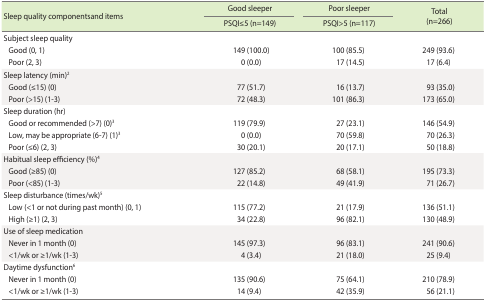
<table><thead><tr><td rowspan="2"><b>Sleep quality componentsand items</b></td><td><b>Good sleeper</b></td><td><b>Poor sleeper</b></td><td rowspan="2"><b>Total (n=266)</b></td></tr><tr><td><b>PSQI≤5 (n=149)</b></td><td><b>PSQI&gt;5 (n=117)</b></td></tr></thead><tbody><tr><td>Subject sleep quality</td><td></td><td></td><td></td></tr><tr><td> Good (0, 1)</td><td>149 (100.0)</td><td>100 (85.5)</td><td>249 (93.6)</td></tr><tr><td> Poor (2, 3)</td><td>0 (0.0)</td><td>17 (14.5)</td><td>17 (6.4)</td></tr><tr><td>Sleep latency (min)<sup>2</sup></td><td></td><td></td><td></td></tr><tr><td> Good (≤15) (0)</td><td>77 (51.7)</td><td>16 (13.7)</td><td>93 (35.0)</td></tr><tr><td> Poor (&gt;15) (1-3)</td><td>72 (48.3)</td><td>101 (86.3)</td><td>173 (65.0)</td></tr><tr><td>Sleep duration (hr)</td><td></td><td></td><td></td></tr><tr><td> Good or recommended (&gt;7) (0)<sup>3</sup></td><td>119 (79.9)</td><td>27 (23.1)</td><td>146 (54.9)</td></tr><tr><td> Low, may be appropriate (6-7) (1)<sup>3</sup></td><td>0 (0.0)</td><td>70 (59.8)</td><td>70 (26.3)</td></tr><tr><td> Poor (≤6) (2, 3)</td><td>30 (20.1)</td><td>20 (17.1)</td><td>50 (18.8)</td></tr><tr><td>Habitual sleep efficiency (%)<sup>4</sup></td><td></td><td></td><td></td></tr><tr><td> Good (≥85) (0)</td><td>127 (85.2)</td><td>68 (58.1)</td><td>195 (73.3)</td></tr><tr><td> Poor (&lt;85) (1-3)</td><td>22 (14.8)</td><td>49 (41.9)</td><td>71 (26.7)</td></tr><tr><td>Sleep disturbance (times/wk)<sup>5</sup></td><td></td><td></td><td></td></tr><tr><td> Low (&lt;1 or not during past month) (0, 1)</td><td>115 (77.2)</td><td>21 (17.9)</td><td>136 (51.1)</td></tr><tr><td> High (≥1) (2, 3)</td><td>34 (22.8)</td><td>96 (82.1)</td><td>130 (48.9)</td></tr><tr><td>Use of sleep medication</td><td></td><td></td><td></td></tr><tr><td> Never in 1 month (0)</td><td>145 (97.3)</td><td>96 (83.1)</td><td>241 (90.6)</td></tr><tr><td> &lt;1/wk or ≥1/wk (1-3)</td><td>4 (3.4)</td><td>21 (18.0)</td><td>25 (9.4)</td></tr><tr><td>Daytime dysfunction<sup>6</sup></td><td></td><td></td><td></td></tr><tr><td> Never in 1 month (0)</td><td>135 (90.6)</td><td>75 (64.1)</td><td>210 (78.9)</td></tr><tr><td> &lt;1/wk or ≥1/wk (1-3)</td><td>14 (9.4)</td><td>42 (35.9)</td><td>56 (21.1)</td></tr></tbody></table>